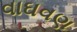
વાઘવણ